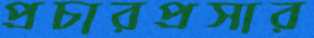
প্রচারপ্রসার